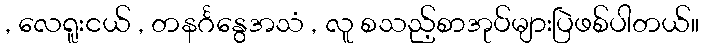
, လေရူးငယ် , တနင်္ဂနွေအသံ , လူ စသည့်စာအုပ်များပြဲဖစ်ပါတယ်။